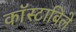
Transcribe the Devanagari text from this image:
काॅस्टाबिले